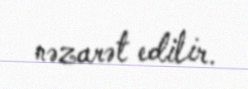
nəzarət edilir.